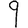
Digit: 9